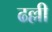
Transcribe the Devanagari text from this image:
ढल्ली